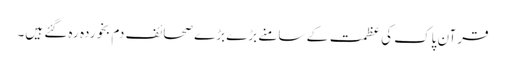
قرآن پاک کی عظمت کے سامنے بڑے بڑے صحائف دم بخوردہ رہ گئے ہیں۔